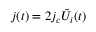
j ( t ) = 2 j _ { c } \tilde { U } _ { i } ( t )